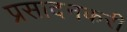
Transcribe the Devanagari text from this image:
प्रसादनकरी